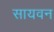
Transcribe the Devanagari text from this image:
सायवन